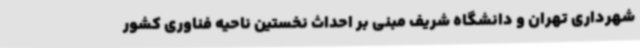
شهرداری تهران و دانشگاه شریف مبنی بر احداث نخستین ناحیه فناوری کشور